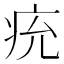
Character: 𤵔